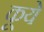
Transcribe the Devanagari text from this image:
कूये